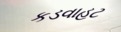
કડવાહટ